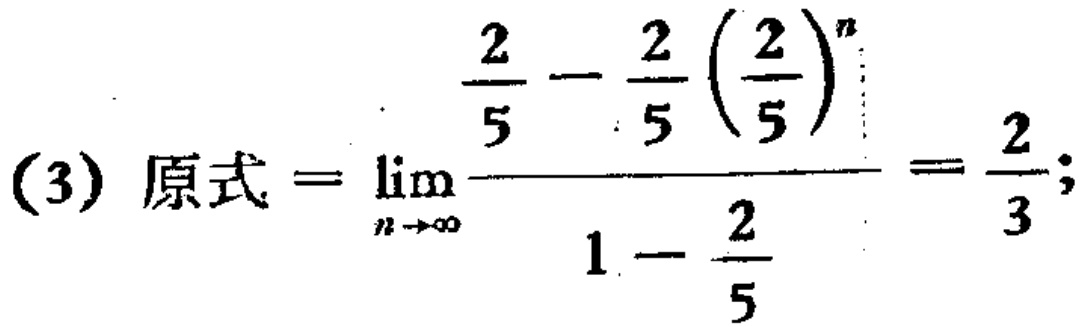
(3) 原式$=\lim_{n \to \infty} \frac{\frac{2}{5} - \frac{2}{5} \left(\frac{2}{5}\right)^n}{1 - \frac{2}{5}} = \frac{2}{3}$;